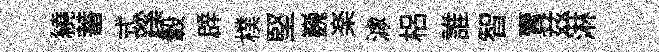
繞蓄式蹊轂辟樸堅巍楽滹梠誰智賣兹淋